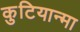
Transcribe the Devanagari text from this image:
कुटियान्मा